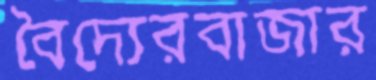
বৈদ্যেরবাজার